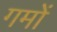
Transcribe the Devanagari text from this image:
गमों